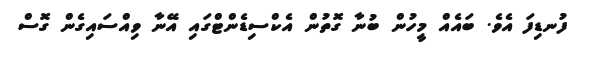
ފުނޑިފަ އެވެ. ބައެއް މީހުން ބުނާ ގޮތުން އެކްސިޑެންޓްގައި އޭނާ ވިއްސައިގެން ގޮސް